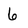
Character: 6